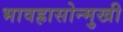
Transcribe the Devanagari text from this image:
भावह्रासोन्मुखी